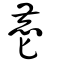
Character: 麀